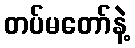
တပ်မတော်နဲ့